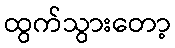
ထွက်သွားတော့